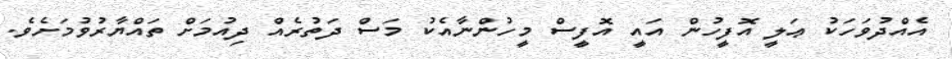
އެއްދުވަހަކު ޢަލީ އޮފީހުން އައީ އޮފީސް މީހުންނާއެކު މަސް ދަތުރެއް ދިއުމަށް ތައްޔާރުވުމަށެވެ.